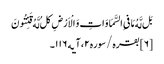
بَل لَّهُ مَا فیِ السَّمَاوَاتِ وَ الْاَرْضِ کلُ‌ لَّهُ قَنِتُونَ ‌
[۶] بقره/سوره۲، آیه۱۱۶۔